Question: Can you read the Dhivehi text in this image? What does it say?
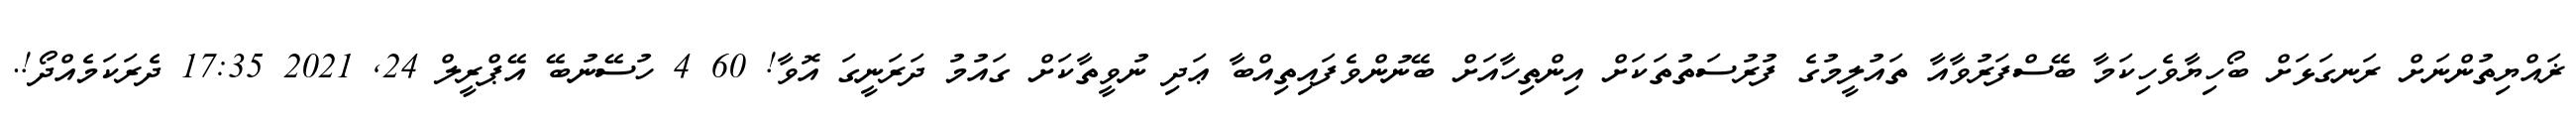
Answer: ޜައްޔިތުންނަށް ރަނގަޅަށް ބޯހިޔާވެހިކަމާ ބޭސްފަރުވާއާ ތައުލީމުގެ ފުރުސަތުތަކަށް އިންތިހާއަށް ބޭނުންވެފައިތިއްބާ ޢަދި ނުވީތާކަށް ގައުމު ދަރަނީގަ އޮވާ! 60 4 ހުސޭނުބޭ އޭޕްރީލް 24, 2021 17:35 ދެރަކަމެއްދޯ!.